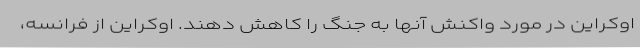
اوکراین در مورد واکنش آنها به جنگ را کاهش دهند. اوکراین از فرانسه،